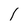
Character: I